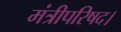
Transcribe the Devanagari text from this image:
मंत्रीपरिषद।